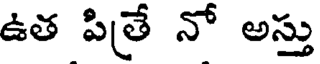
ఉత పిత్రే నో అస్తు